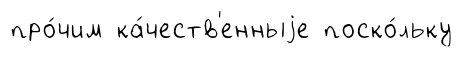
про́чим ка́честв'енныjе поско́льку